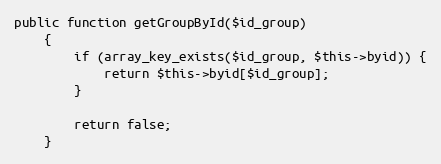
Language: PHP
public function getGroupById($id_group)
    {
        if (array_key_exists($id_group, $this->byid)) {
            return $this->byid[$id_group];
        }

        return false;
    }